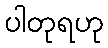
ပါတုရဟု